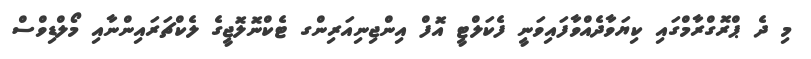
މި ދެ ޕްރޮގްރާމްގައި ކިޔަވާދެއްވާފައިވަނީ ފެކަލްޓީ އޮފް އިންޖިނިއަރިންގ ޓެކްނޮލޮޖީގެ ލެކްޗަރައިންނާއި މޯލްޑިވްސް